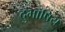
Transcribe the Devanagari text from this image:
दुभाषिय